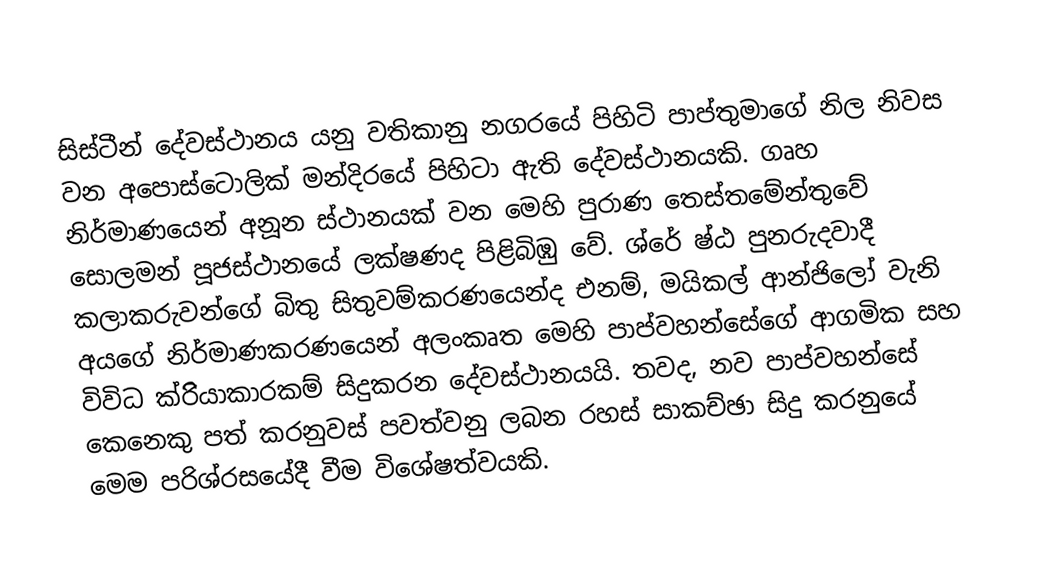
සිස්ටීන් දේවස්ථානය යනු වතිකානු නගරයේ පිහිටි පාප්තුමාගේ නිල නිවස වන අපොස්ටොලික් මන්දිරයේ පිහිටා ඇති දේවස්ථානයකි. ගෘහ නිර්මාණයෙන් අනූන ස්ථානයක් වන මෙහි පුරාණ තෙස්තමේන්තුවේ සොලමන් පූජස්ථානයේ ලක්ෂණද පිළිබිඹු වේ. ශ්රේ ෂ්ඨ පුනරුදවාදී කලාකරුවන්ගේ බිතු සිතුවම්කරණයෙන්ද එනම්, මයිකල් ආන්ජිලෝ වැනි අයගේ නිර්මාණකරණයෙන් අලංකෘත මෙහි පාප්වහන්සේගේ ආගමික සහ විවිධ ක්රිියාකාරකම් සිදුකරන දේවස්ථානයයි. තවද, නව පාප්වහන්සේ කෙනෙකු පත් කරනුවස් පවත්වනු ලබන රහස් සාකච්ඡා සිදු කරනුයේ මෙම පරිශ්රසයේදී වීම විශේෂත්වයකි.